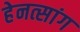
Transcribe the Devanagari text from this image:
हेनत्सांग